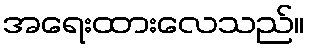
အရေးထားလေသည်။